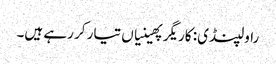
راولپنڈی: کاریگر پھینیاں تیار کر رہے ہیں۔